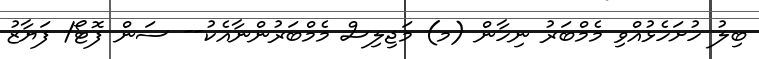
ބިލު ހުށަހެޅުއްވި މެމްބަރު ނިހާން (މ) މަޖިލިސް މެމްބަރުންނާއެކު-- ސަން ފޮޓޯ/ ފަޔާޒު